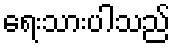
ရေးသားပါသည်